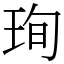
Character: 珣